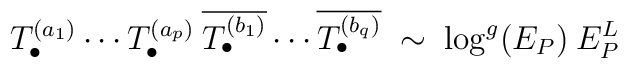
T^{(a_1)}_\bullet \cdots T^{(a_p)}_\bullet\: \overline{T^{(b_1)}_\bullet} \cdots \overline{T^{(b_q)}_\bullet}\;\sim\; \log^g(E_P) \:E_P^L